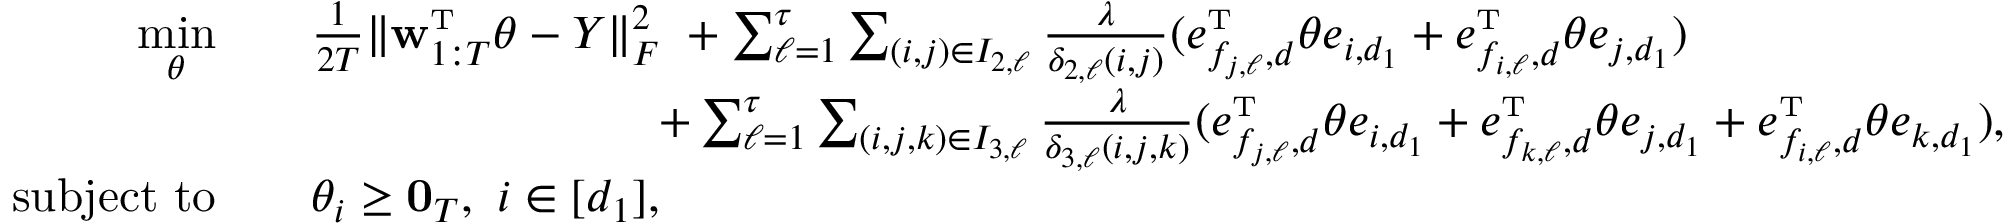
\begin{array} { r l } { \underset { \theta } { \mathrm { m i n } } \quad } & { \frac { 1 } { 2 T } \| \mathbf { w } _ { 1 : T } ^ { \mathrm { \scriptscriptstyle T } } \theta - Y \| _ { F } ^ { 2 } \ + \sum _ { \ell = 1 } ^ { \tau } \sum _ { ( i , j ) \in I _ { 2 , \ell } } \frac { \lambda } { \delta _ { 2 , \ell } ( i , j ) } ( e _ { f _ { j , \ell } , d } ^ { \mathrm { \scriptscriptstyle T } } \theta e _ { i , d _ { 1 } } + e _ { f _ { i , \ell } , d } ^ { \mathrm { \scriptscriptstyle T } } \theta e _ { j , d _ { 1 } } ) } \\ & { \quad \quad \quad \quad \quad \quad \quad \ + \sum _ { \ell = 1 } ^ { \tau } \sum _ { ( i , j , k ) \in I _ { 3 , \ell } } \frac { \lambda } { \delta _ { 3 , \ell } ( i , j , k ) } ( e _ { f _ { j , \ell } , d } ^ { \mathrm { \scriptscriptstyle T } } \theta e _ { i , d _ { 1 } } + e _ { f _ { k , \ell } , d } ^ { \mathrm { \scriptscriptstyle T } } \theta e _ { j , d _ { 1 } } + e _ { f _ { i , \ell } , d } ^ { \mathrm { \scriptscriptstyle T } } \theta e _ { k , d _ { 1 } } ) , } \\ { \mathrm { s u b j e c t ~ t o } \quad } & { \theta _ { i } \geq \mathbf { 0 } _ { T } , \ i \in [ d _ { 1 } ] , } \end{array}